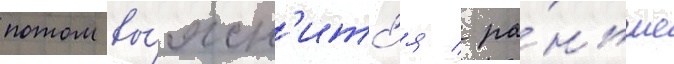
потом вы́ясн'итс'я / ра́ньше